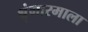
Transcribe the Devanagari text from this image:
श्रृंगारमाला